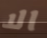
الا